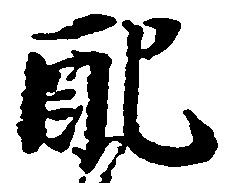
配